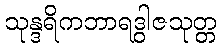
သုန္ဒရိကဘာရဒွါဇသုတ္တ